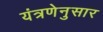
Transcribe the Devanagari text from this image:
यंत्रणेनुसार